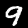
Label: 9